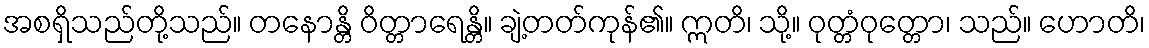
အစရှိသည်တို့သည်။ တနောန္တိ ဝိတ္တာရေန္တိ။ ချဲ့တတ်ကုန်၏။ ဣတိ၊ သို့။ ဝုတ္တံဝုတ္တော၊ သည်။ ဟောတိ၊